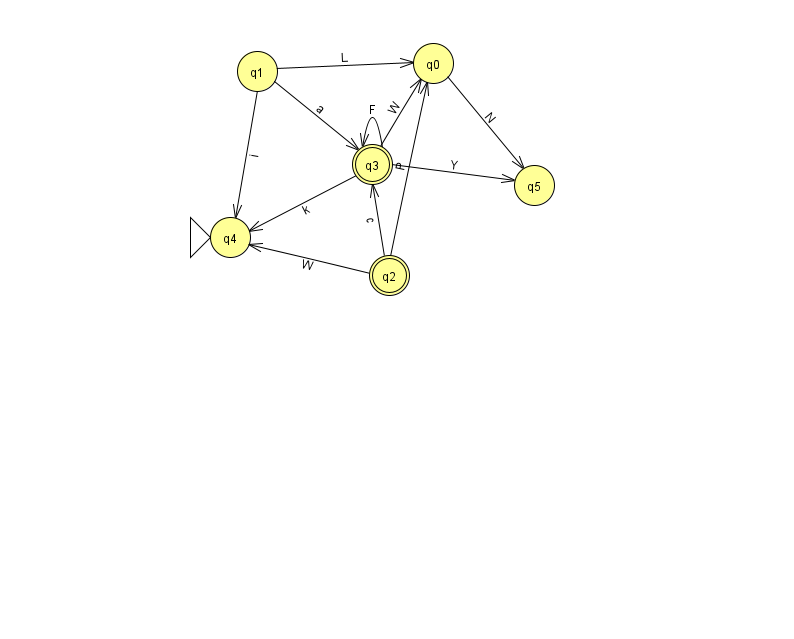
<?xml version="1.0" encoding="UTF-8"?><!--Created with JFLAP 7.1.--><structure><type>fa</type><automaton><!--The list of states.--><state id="0" name="q0"><x>433.0</x><y>50.0</y></state><state id="1" name="q1"><x>257.0</x><y>58.0</y></state><state id="2" name="q2"><x>389.0</x><y>262.0</y><final/></state><state id="3" name="q3"><x>372.0</x><y>151.0</y><final/></state><state id="4" name="q4"><x>230.0</x><y>224.0</y><initial/></state><state id="5" name="q5"><x>534.0</x><y>172.0</y></state><!--The list of transitions.--><transition><from>1</from><to>3</to><read>a</read></transition><transition><from>2</from><to>3</to><read>c</read></transition><transition><from>3</from><to>5</to><read>Y</read></transition><transition><from>2</from><to>0</to><read>P</read></transition><transition><from>1</from><to>4</to><read>i</read></transition><transition><from>3</from><to>0</to><read>W</read></transition><transition><from>3</from><to>3</to><read>F</read></transition><transition><from>3</from><to>4</to><read>k</read></transition><transition><from>0</from><to>5</to><read>N</read></transition><transition><from>2</from><to>4</to><read>W</read></transition><transition><from>1</from><to>0</to><read>L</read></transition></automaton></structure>